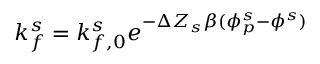
k _ { f } ^ { s } = k _ { f , 0 } ^ { s } e ^ { - \Delta Z _ { s } \beta ( \phi _ { p } ^ { s } - \phi ^ { s } ) }